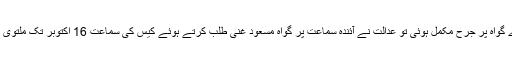
تیسرے گواہ پر جرح مکمل ہوئی تو عدالت نے آئندہ سماعت پر گواہ مسعود غنی طلب کرتے ہوئے کیس کی سماعت 16 اکتوبر تک ملتوی کردی۔